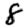
Digit: 8